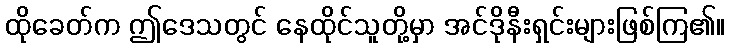
ထိုခေတ်က ဤဒေသတွင် နေထိုင်သူတို့မှာ အင်ဒိုနီးရှင်းများဖြစ်ကြ၏။